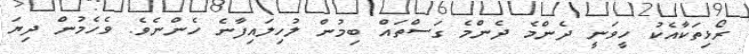
ރޯޅިތަކާއެކު ހީވަނީ ދެންމެ ދެންމެ ގަސްތައް ބިމުން ލުހިލައިފާނެ ހެންނެވެ. ވެހެމުން ދިޔަ